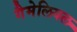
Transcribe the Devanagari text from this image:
गैमेलियल